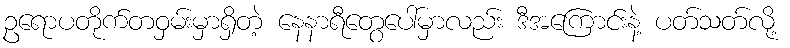
ဥရောပတိုက်တဝှမ်းမှာရှိတဲ့ နေနာရီတွေပေါ်မှာလည်း ဒီအကြောင်းနဲ့ ပတ်သတ်လို့